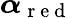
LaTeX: \boldsymbol{\alpha}_{\mathrm{~r~e~d~}}